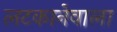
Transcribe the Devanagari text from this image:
लटकानेवाला